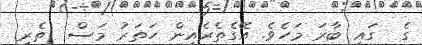
ގެ  ގައި ބާރަ މަހެވެ. އޭގެތެރެއިން ހަތަރު މަސް  ތެރި